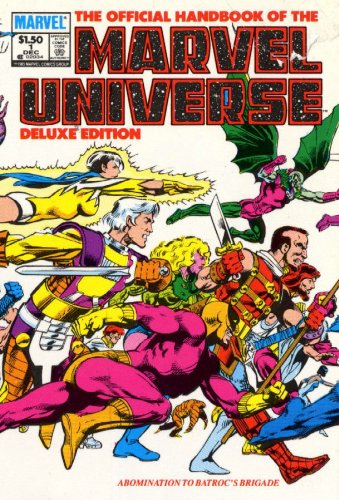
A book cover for Essential Official Handbook of the Marvel Universe - Deluxe Edition, Vol. 1 (Marvel Essentials); Mark Gruenwald; Reference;